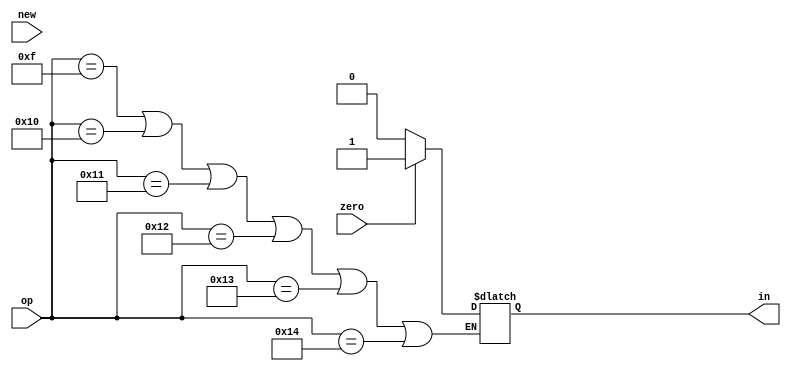
`timescale 1ns / 1ps
//////////////////////////////////////////////////////////////////////////////////
// Company: 
// Engineer: 
// 
// Design Name: 
// Module Name:    branch 
// Project Name: 
// Target Devices: 
// Tool versions: 
// Description: 
//
// Dependencies: 
//
// Revision: 
// Revision 0.01 - File Created
// Additional Comments: 
//
//////////////////////////////////////////////////////////////////////////////////
module branch(op,zero,in,new
    );
input wire [5:0] op;
input wire zero;
output reg in;
input wire new;

always@(op or zero or new) begin
if (op==15 || op==16 || op==17 || op==18 || op==19 || op==20) begin
if (zero)
in<=1;
else
in<=0;
end


end

endmodule